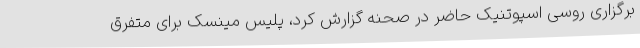
برگزاری روسی اسپوتنیک حاضر در صحنه گزارش کرد، پلیس مینسک برای متفرق